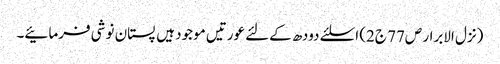
(نزل الابرار ص77 ج2) اسلئے دودھ کےلئے عورتیں موجود ہیں پستان نوشی فرمائیے۔